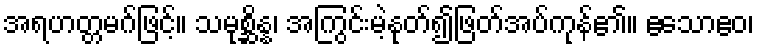
အရဟတ္တမဂ်ဖြင့်။ သမုစ္ဆိန္န၊ အကြွင်းမဲ့နုတ်၍ဖြတ်အပ်ကုန်၏။ ဧသောဧဝ၊